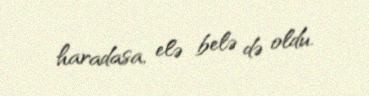
haradasa, elə belə də oldu.